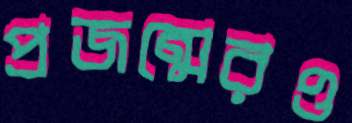
প্রজন্মেরও